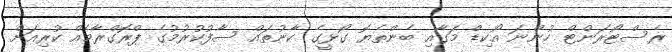
ރެސްޓޯރަންޓް ހުންނަ އޯކިޑް މަގާއި ބެންތެޔޮ ގޯޅީގެ ކާނުތައް ސާފުކުރުމުގެ ޕްރޮގްރާމެއް ކުރިއަށް